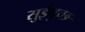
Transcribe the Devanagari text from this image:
सुईपुच्छ